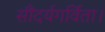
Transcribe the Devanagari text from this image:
सौंदर्यगर्विता।